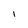
Character: 1